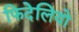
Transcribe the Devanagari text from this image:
फिदेलियो